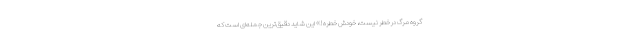
گروه مرگ در خطر نیست، خودش خطره!» این شاید دقیق‌ترین جمله‌ای است که